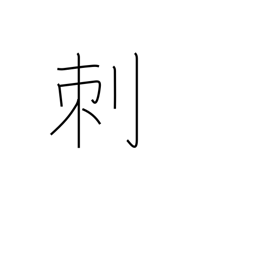
Meaning: thorn